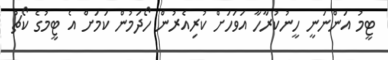
ޓީމު އަންނަނީ ހީނުކުރާހާ އަވަހަށް ކުރިއެރުން ހޯދަމުން ކަމަށް އެ ޓީމުގެ ކޯޗު